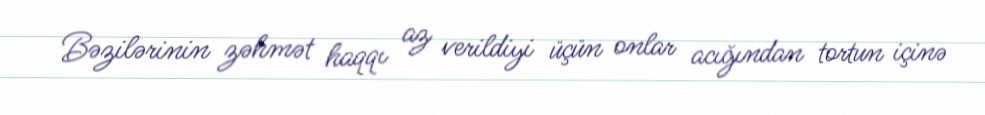
Bəzilərinin zəhmət haqqı az verildiyi üçün onlar acığından tortun içinə